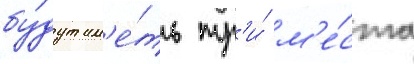
бу́дут им'е́ть тр'и́ м'е́ста